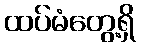
ထပ်မံတွေ့ရှိ